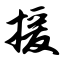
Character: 援